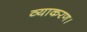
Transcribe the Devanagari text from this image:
व्याकरण।